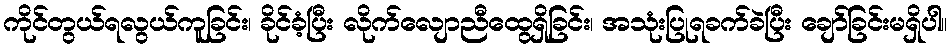
ကိုင်တွယ်ရလွယ်ကူခြင်း၊ ခိုင်ခံ့ပြီး လိုက်လျောညီထွေရှိခြင်း၊ အသုံးပြုရခက်ခဲပြီး ချော်ခြင်းမရှိပါ။